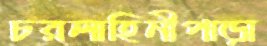
চরলাহিনীপাড়া